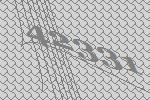
42331